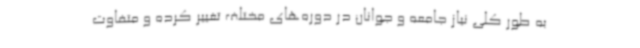
به طور کلی نیاز جامعه و جوانان در دوره‌های مختلف تغییر کرده و متفاوت